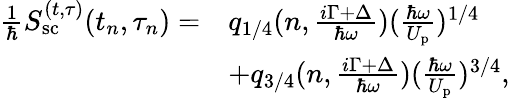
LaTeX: \begin{array}{rl}{\frac{1}{\hbar}S_{\mathrm{sc}}^{(t,\tau)}(t_{n},\tau_{n})=}&{q_{1/4}(n,\frac{i\Gamma+\Delta}{\hbar\omega})(\frac{\hbar\omega}{U_{\mathrm{p}}})^{1/4}}\\ &{+q_{3/4}(n,\frac{i\Gamma+\Delta}{\hbar\omega})(\frac{\hbar\omega}{U_{\mathrm{p}}})^{3/4},}\end{array}